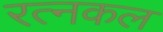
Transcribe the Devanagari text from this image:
रत्नकल